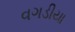
વગડીયા